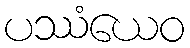
ပဿံယေဝ